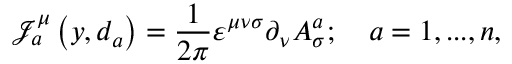
\mathcal { J } _ { a } ^ { \mu } \left( y , d _ { a } \right) = \frac { 1 } { 2 \pi } \varepsilon ^ { \mu \nu \sigma } \partial _ { \nu } A _ { \sigma } ^ { a } ; \quad a = 1 , . . . , n ,